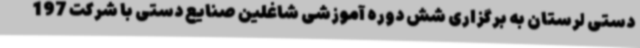
دستی لرستان به برگزاری شش دوره آموزشی شاغلین صنایع دستی با شرکت 197